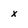
Character: x